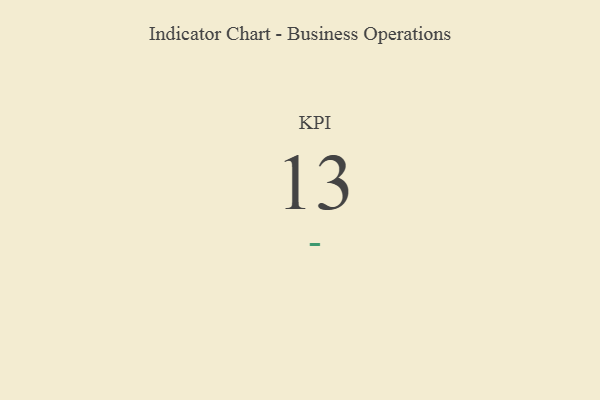
{"axis": {"x": "KPI", "y": "Value"}, "legend": [""], "data": [{"x": "KPI", "y": 13, "type": ""}]}